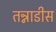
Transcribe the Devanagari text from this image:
तन्नाडीस